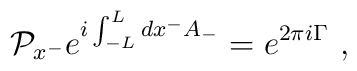
{\cal P}_{x^{-}} e^{i\int_{-L}^{L} dx^{-} A_{-}} = e^{2\pi i\Gamma}\,\,,